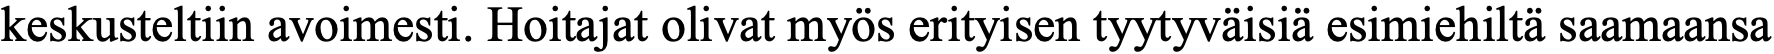
keskusteltiin avoimesti. Hoitajat olivat myös erityisen tyytyväisiä esimiehiltä saamaansa